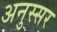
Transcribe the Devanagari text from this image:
अनुस्सर